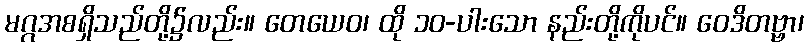
မဂ္ဂအစရှိသည်တို့၌လည်း။ တေယေဝ၊ ထို ၁၀-ပါးသော နည်းတို့ကိုပင်။ ဝေဒိတဗ္ဗာ၊